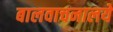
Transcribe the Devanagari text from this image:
बालवाचनालये